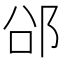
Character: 𮟲